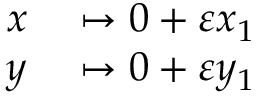
\begin{array} { r l } { x } & { { } \mapsto 0 + \varepsilon x _ { 1 } } \\ { y } & { { } \mapsto 0 + \varepsilon y _ { 1 } } \end{array}